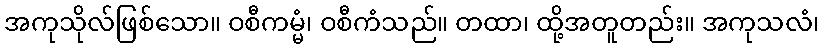
အကုသိုလ်ဖြစ်သော။ ဝစီကမ္မံ၊ ဝစီကံသည်။ တထာ၊ ထို့အတူတည်း။ အကုသလံ၊